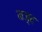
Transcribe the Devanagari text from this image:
नज़्द